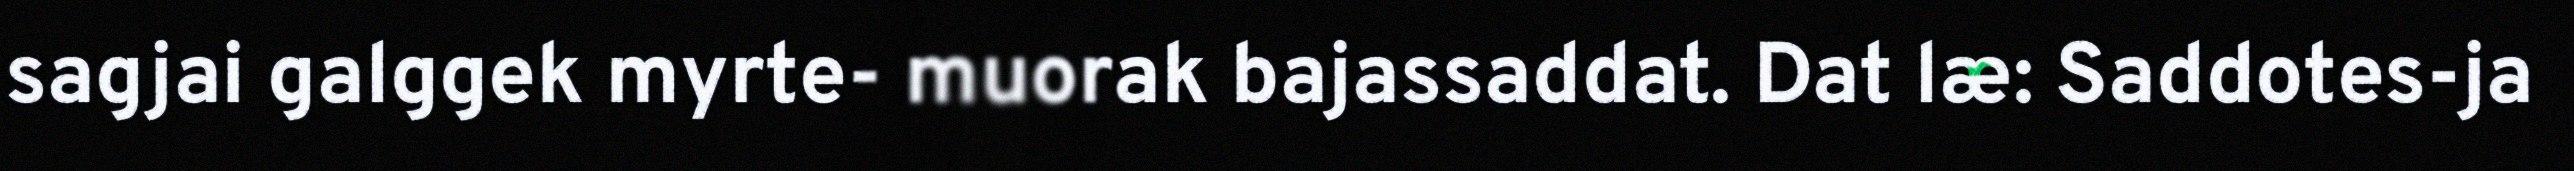
sagjai galggek myrte- muorak bajassaddat. Dat læ: Saddotes-ja